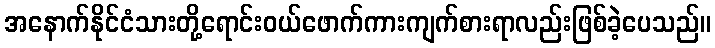
အနောက်နိုင်ငံသားတို့ရောင်းဝယ်ဖောက်ကားကျက်စားရာလည်းဖြစ်ခဲ့ပေသည်။